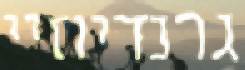
גרנדיוזיי